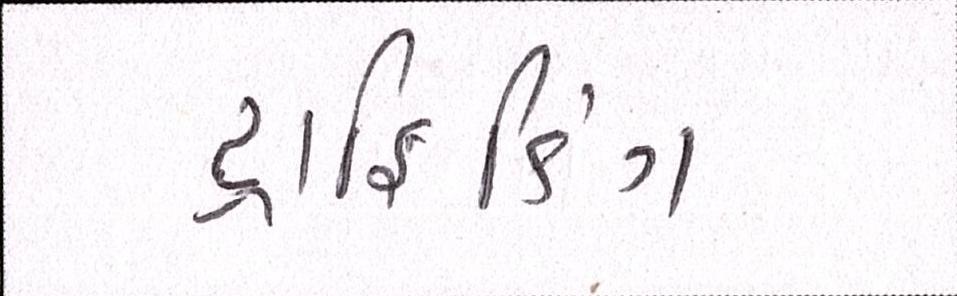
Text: ટ્રાફિકિંગ